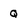
Character: Q